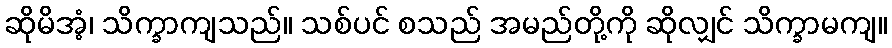
ဆိုမိအံ့၊ သိက္ခာကျသည်။ သစ်ပင် စသည် အမည်တို့ကို ဆိုလျှင် သိက္ခာမကျ။